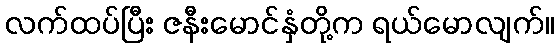
လက်ထပ်ပြီး ဇနီးမောင်နှံတို့က ရယ်မောလျက်။